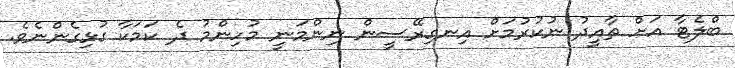
ބްލެޓާ އަށް ތާއީދު ނުކުރުމަށް އިނގިރޭސީން ނިންމަނީ މުހިންމު ދެ ކަމަކާ ގުޅިގެންނެވެ.